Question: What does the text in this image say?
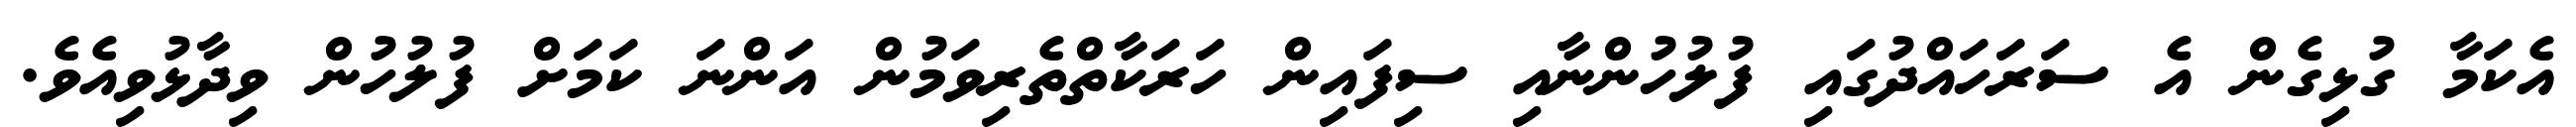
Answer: އެކަމާ ގުޅިގެން އެ ސަރަހައްދުގައި ފުލުހުންނާއި ސިފައިން ހަރަކާތްތެރިވަމުން އަންނަ ކަމަށް ފުލުހުން ވިދާޅުވިއެވެ.